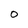
Character: O